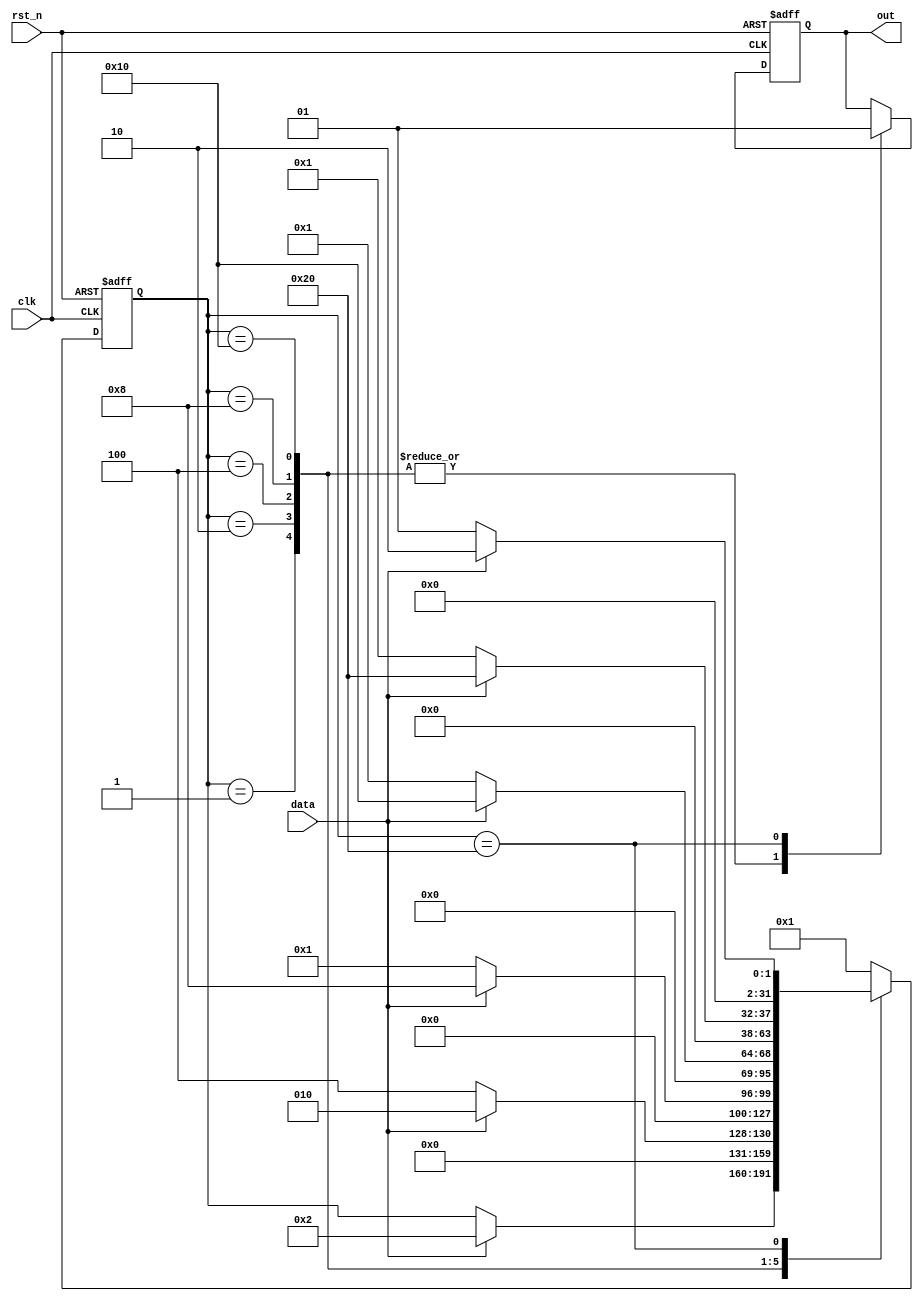
module fsm_moore(
input	wire	clk,
input	wire	rst_n,
input	wire	data,
output	reg		out
);
reg[31:0]	state;					//moore
parameter	IDLE=6'b000001;
parameter	S0=6'b000010;
parameter	S1=6'b000100;
parameter	S2=6'b001000;
parameter	S3=6'b010000;
parameter	S4=6'b100000;
 always@(posedge	clk	or	negedge	rst_n)      //1
if(~rst_n)
begin
state<=IDLE;
out<=1'd0;
end
else
case(state)
IDLE	:begin
		out=1'd0;
			if(data==1)
			state<=S0;
			else
			state<=state;
		end
S0		:begin
	out=1'd0;
			if(data==0)
			state<=S1;
			else
		state<=S0;			
		end
S1		:begin
	out=1'd0;
			if(data==1)
			state<=S2;
			else
		state<=IDLE;			
		end
S2		:begin
	out=1'd0;
			if(data==1)
			state<=S3;
			else
		state<=IDLE;			
		end
S3		:begin
	out=1'd0;
			if(data==1)
			state<=S4;
			else
		state<=IDLE;			
		end
S4		:begin
	out=1'd1;
			if(data==0)
			state<=IDLE;
			else
		state<=S0;			
		end
default	state<=IDLE;
endcase
endmodule